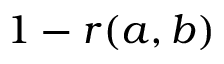
1 - r ( a , b )